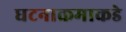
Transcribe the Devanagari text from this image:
घटनाक्रमाकडे